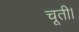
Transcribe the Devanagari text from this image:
चूती।